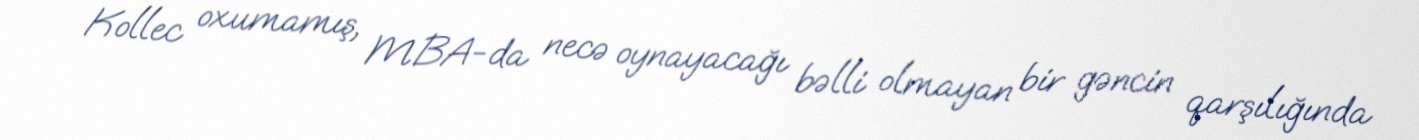
Kollec oxumamış, MBA-da necə oynayacağı bəlli olmayan bir gəncin qarşılığında